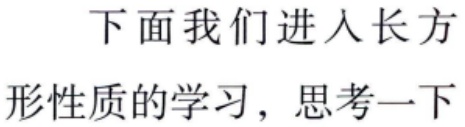
下面我们进入长方形性质的学习，思考一下